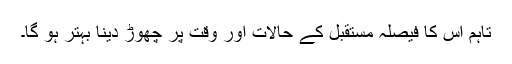
تاہم اس کا فیصلہ مستقبل کے حالات اور وقت پر چھوڑ دینا بہتر ہو گا۔